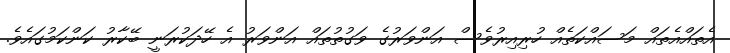
އެތައްއެތައް މަސައްކަތެއް ހުރިއިރުވެސް އަންވަރުގެ ވަގުތުތައް އަންވަރު އެ ހޭދަކުރަނީ ބޭކާރު ކަންކަމުގައެވެ.